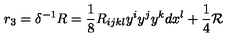
r _ { 3 } = \delta ^ { - 1 } R = \frac 1 8 R _ { i j k l } y ^ { i } y ^ { j } y ^ { k } d x ^ { l } + \frac 1 4 { \cal R }